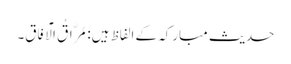
حدیث مبارکہ کے الفاظ ہیں: مُرَّاقُ الْآفَاقِ۔